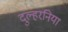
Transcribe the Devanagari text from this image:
दुल्हरनिया